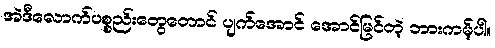
အဲဒီလောက်ပစ္စည်းတွေတောင် ပျက်အောင် အောင်မြင်တဲ့ ဘားကမ့်ပါ။